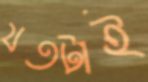
যতটাই